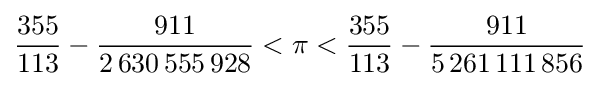
{\frac {355}{113}}-{\frac {911}{2\,630\,555\,928}}<\pi <{\frac {355}{113}}-{\frac {911}{5\,261\,111\,856}}